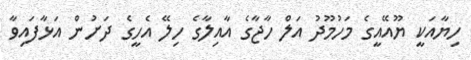
ހިޔާއަކީ ޔޫއޭއީގެ މަހުމޫދު އަލް ހާޖާގެ އާއިލާގެ ހިލޭ އެހީގެ ދަށުން އަޅާފައިވާ